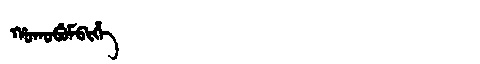
Manchu: ᡥᠣᡴᠣᠪᡠᠮᠪᡳᡥᡝ
Romanization: HOKOBUMBIHE